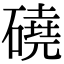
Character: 磽